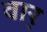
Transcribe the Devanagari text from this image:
वार्